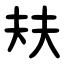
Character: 㚘